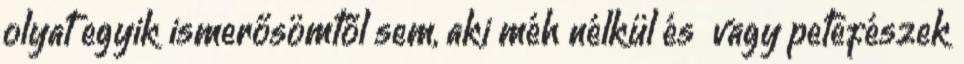
olyat egyik ismerősömtől sem, aki méh nélkül és vagy petefészek